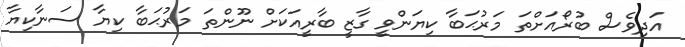
އަދިވެސް ބުރޯއަށްތަ މަރުޙަބާ ކިޔަންވީ ގާޒީ ބާރީއަކަށް ނޫންތަ މަރުޙަބާ ކިޔާ ސަނާކިޔާ